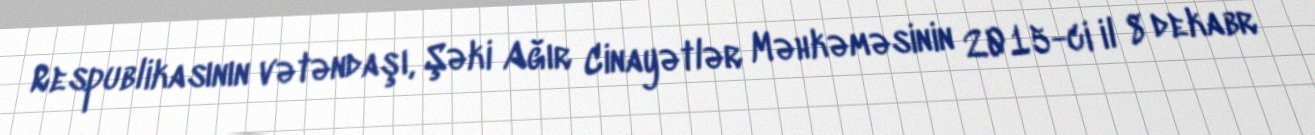
Respublikasının vətəndaşı, Şəki Ağır Cinayətlər Məhkəməsinin 2015-ci il 8 dekabr